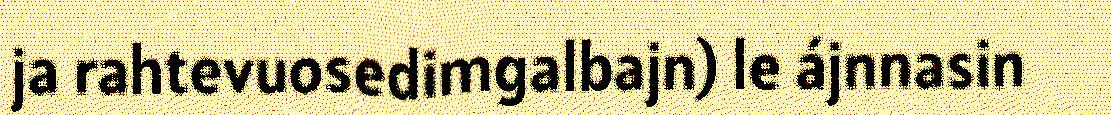
ja rahtevuosedimgalbajn) le ájnnasin